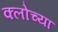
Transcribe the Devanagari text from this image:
क्लोच्या